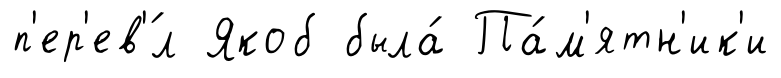
п'ер'ев'́л Якоб была́ Па́м'ятн'ик'и